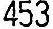
453